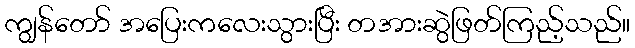
ကျွန်တော် အပြေးကလေးသွားပြီး တအားဆွဲဖြတ်ကြည့်သည်။